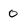
Character: 0